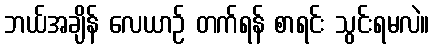
ဘယ်အချိန် လေယာဉ် တက်ရန် စာရင်း သွင်းရမလဲ။